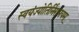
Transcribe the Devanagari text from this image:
स्वयंज्योतिर्निरामयम्